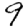
Digit: 9